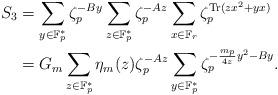
LaTeX: \begin{align*}S_3&=\sum_{y\in \mathbb{F}_p^*}\zeta_p^{-By}\sum_{z\in \mathbb{F}_p^*}\zeta_p^{ -Az}\sum_{ x \in \mathbb{F}_r}\zeta_p^{ \mathrm{Tr}(zx^2+yx )} \\& = G_m \sum_{z\in \mathbb{F}_p^*}\eta_m(z)\zeta_p^{-Az}\sum_{y\in \mathbb{F}_p^*}\zeta_p^{ -\frac{m_p}{4z}y^2-By} .\end{align*}